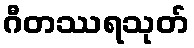
ဂီတဿရသုတ်